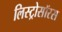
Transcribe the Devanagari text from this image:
लिस्ट्रोसॉरस